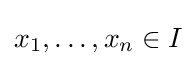
x_{1},\dots ,x_{n}\in I